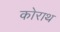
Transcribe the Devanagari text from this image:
कोराथ